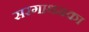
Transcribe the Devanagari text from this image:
सरगाथमका